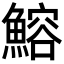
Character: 鰫